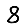
Digit: 8